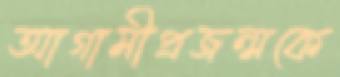
আগামীপ্রজন্মকে